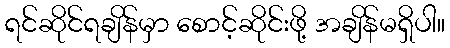
ရင်ဆိုင်ရချိန်မှာ စောင့်ဆိုင်းဖို့ အချိန်မရှိပါ။